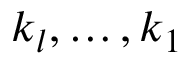
k _ { l } , \ldots , k _ { 1 }